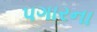
પગારના